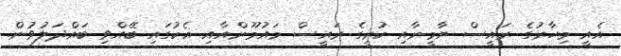
އެއީ މިހާރުގެ ރައީސް ޔާމީނާއި ކުރީގެ ރައީސް މައުމޫންއާއި އެކުގައި ބޭއްވި ބައްދަލުވުން.